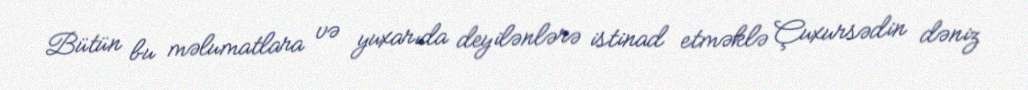
Bütün bu məlumatlara və yuxarıda deyilənlərə istinad etməklə Çuxursədin dəniz